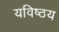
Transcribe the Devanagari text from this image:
यविष्ठय